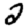
Digit: 2